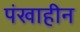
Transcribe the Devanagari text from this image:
पंखाहीन